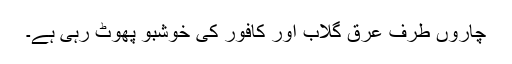
چاروں طرف عرق گلاب اور کافور کی خوشبو پھوٹ رہی ہے۔